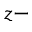
z -